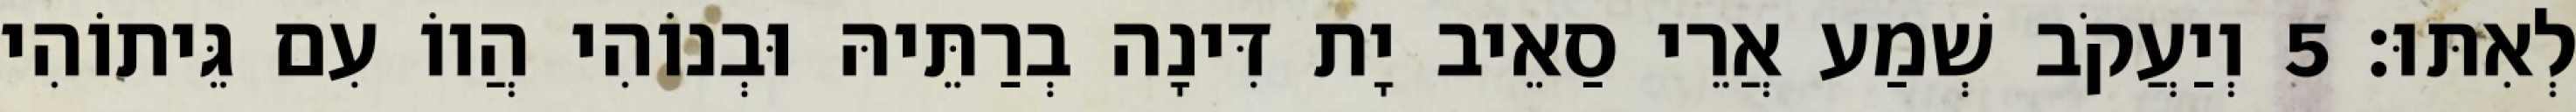
לְאִתּוּ׃ 5 וְיַעֲקֹב שְׁמַע אֲרֵי סַאֵיב יָת דִּינָה בְרַתֵּיהּ וּבְנוֹהִי הֲווֹ עִם גֵּיתוֹהִי